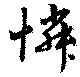
憐